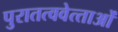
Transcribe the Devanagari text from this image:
पुरातत्ववेत्‍ताओं